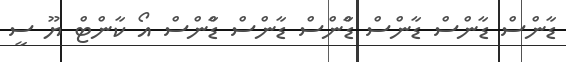
ޑާންސް ޑާންސް ޑާންސް ޑާްންސް ޑާންސް ޑާްންސް އޯ ކާންޓް ޔޫ ސީ